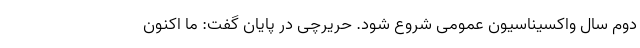
دوم سال واکسیناسیون عمومی شروع شود. حریرچی در پایان گفت: ما اکنون